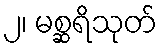
၂၊ မစ္ဆရိသုတ်